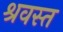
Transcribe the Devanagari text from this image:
श्रवस्त